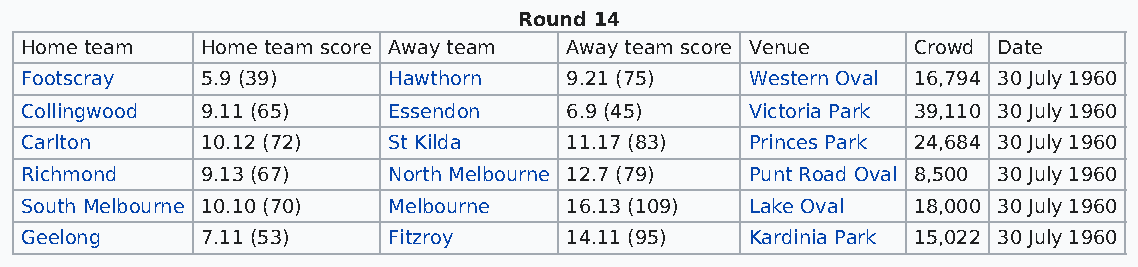
Round 14
 Home team   Home team score Away team Away team score Venue Crowd Date
 Footscray   5.9 (39)     Hawthorn   9.21 (75)    Western Oval 16,794 30 July 1960
 Collingwood 9.11 (65)    Essendon   6.9 (45)     Victoria Park 39,110 30 July 1960
 Carlton     10.12 (72)   St Kilda   11.17 (83)   Princes Park 24,684 30 July 1960
 Richmond    9.13 (67)    North Melbourne 12.7 (79) Punt Road Oval 8,500 30 July 1960
 South Melbourne 10.10 (70) Melbourne 16.13 (109) Lake Oval 18,000 30 July 1960
 Geelong     7.11 (53)    Fitzroy    14.11 (95)   Kardinia Park 15,022 30 July 1960